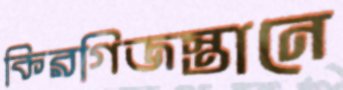
কিরগিজস্তানে